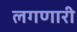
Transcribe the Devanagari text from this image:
लगणारी